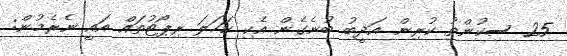
25 ސިކުންތު ކުރިން އަދީބު ބުނެގެން އެކި ކަހަލަ ރިޕޯޓުތައް އައީ ނެރެމުން: